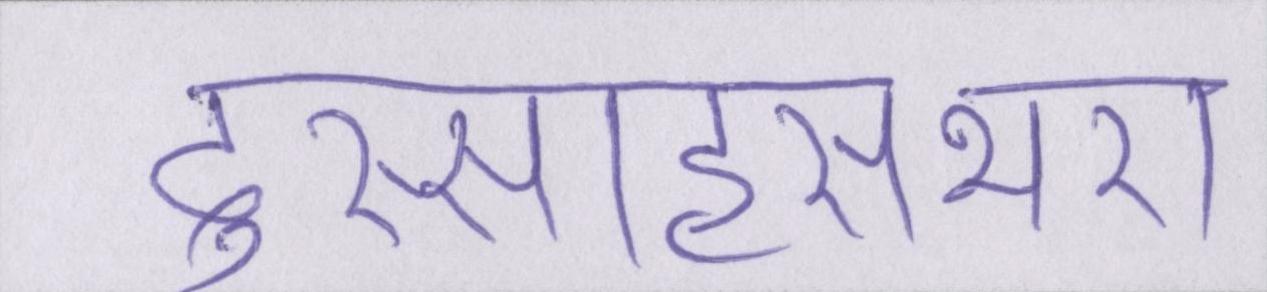
दुस्साहसभरा